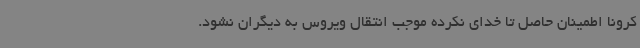
کرونا اطمینان حاصل تا خدای نکرده موجب انتقال ویروس به دیگران نشود.